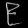
Digit: ၉